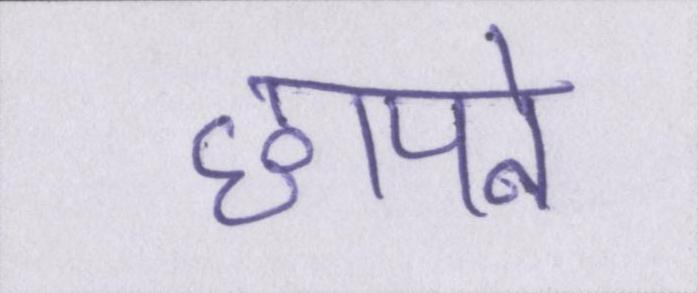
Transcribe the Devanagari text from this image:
छापने